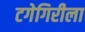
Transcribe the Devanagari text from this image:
टगेगिरीला